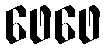
ဖေဖေ